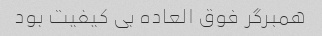
همبرگر فوق العاده بی کیفیت بود